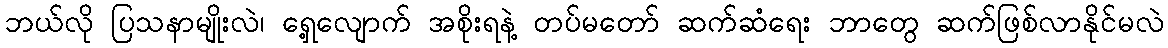
ဘယ်လို ပြသနာမျိုးလဲ၊ ရှေ့လျောက် အစိုးရနဲ့ တပ်မတော် ဆက်ဆံရေး ဘာတွေ ဆက်ဖြစ်လာနိုင်မလဲ